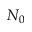
N _ { 0 }